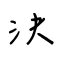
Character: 決